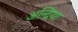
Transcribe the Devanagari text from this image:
अन्द्रिया